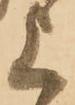
上